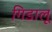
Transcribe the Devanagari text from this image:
गिडालू